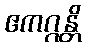
ဧကဂ္ဂန္တိ